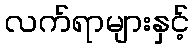
လက်ရာများနှင့်